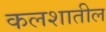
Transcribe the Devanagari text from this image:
कलशातील